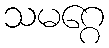
သမဂ္ဂေ